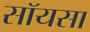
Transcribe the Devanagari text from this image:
सॉयसा